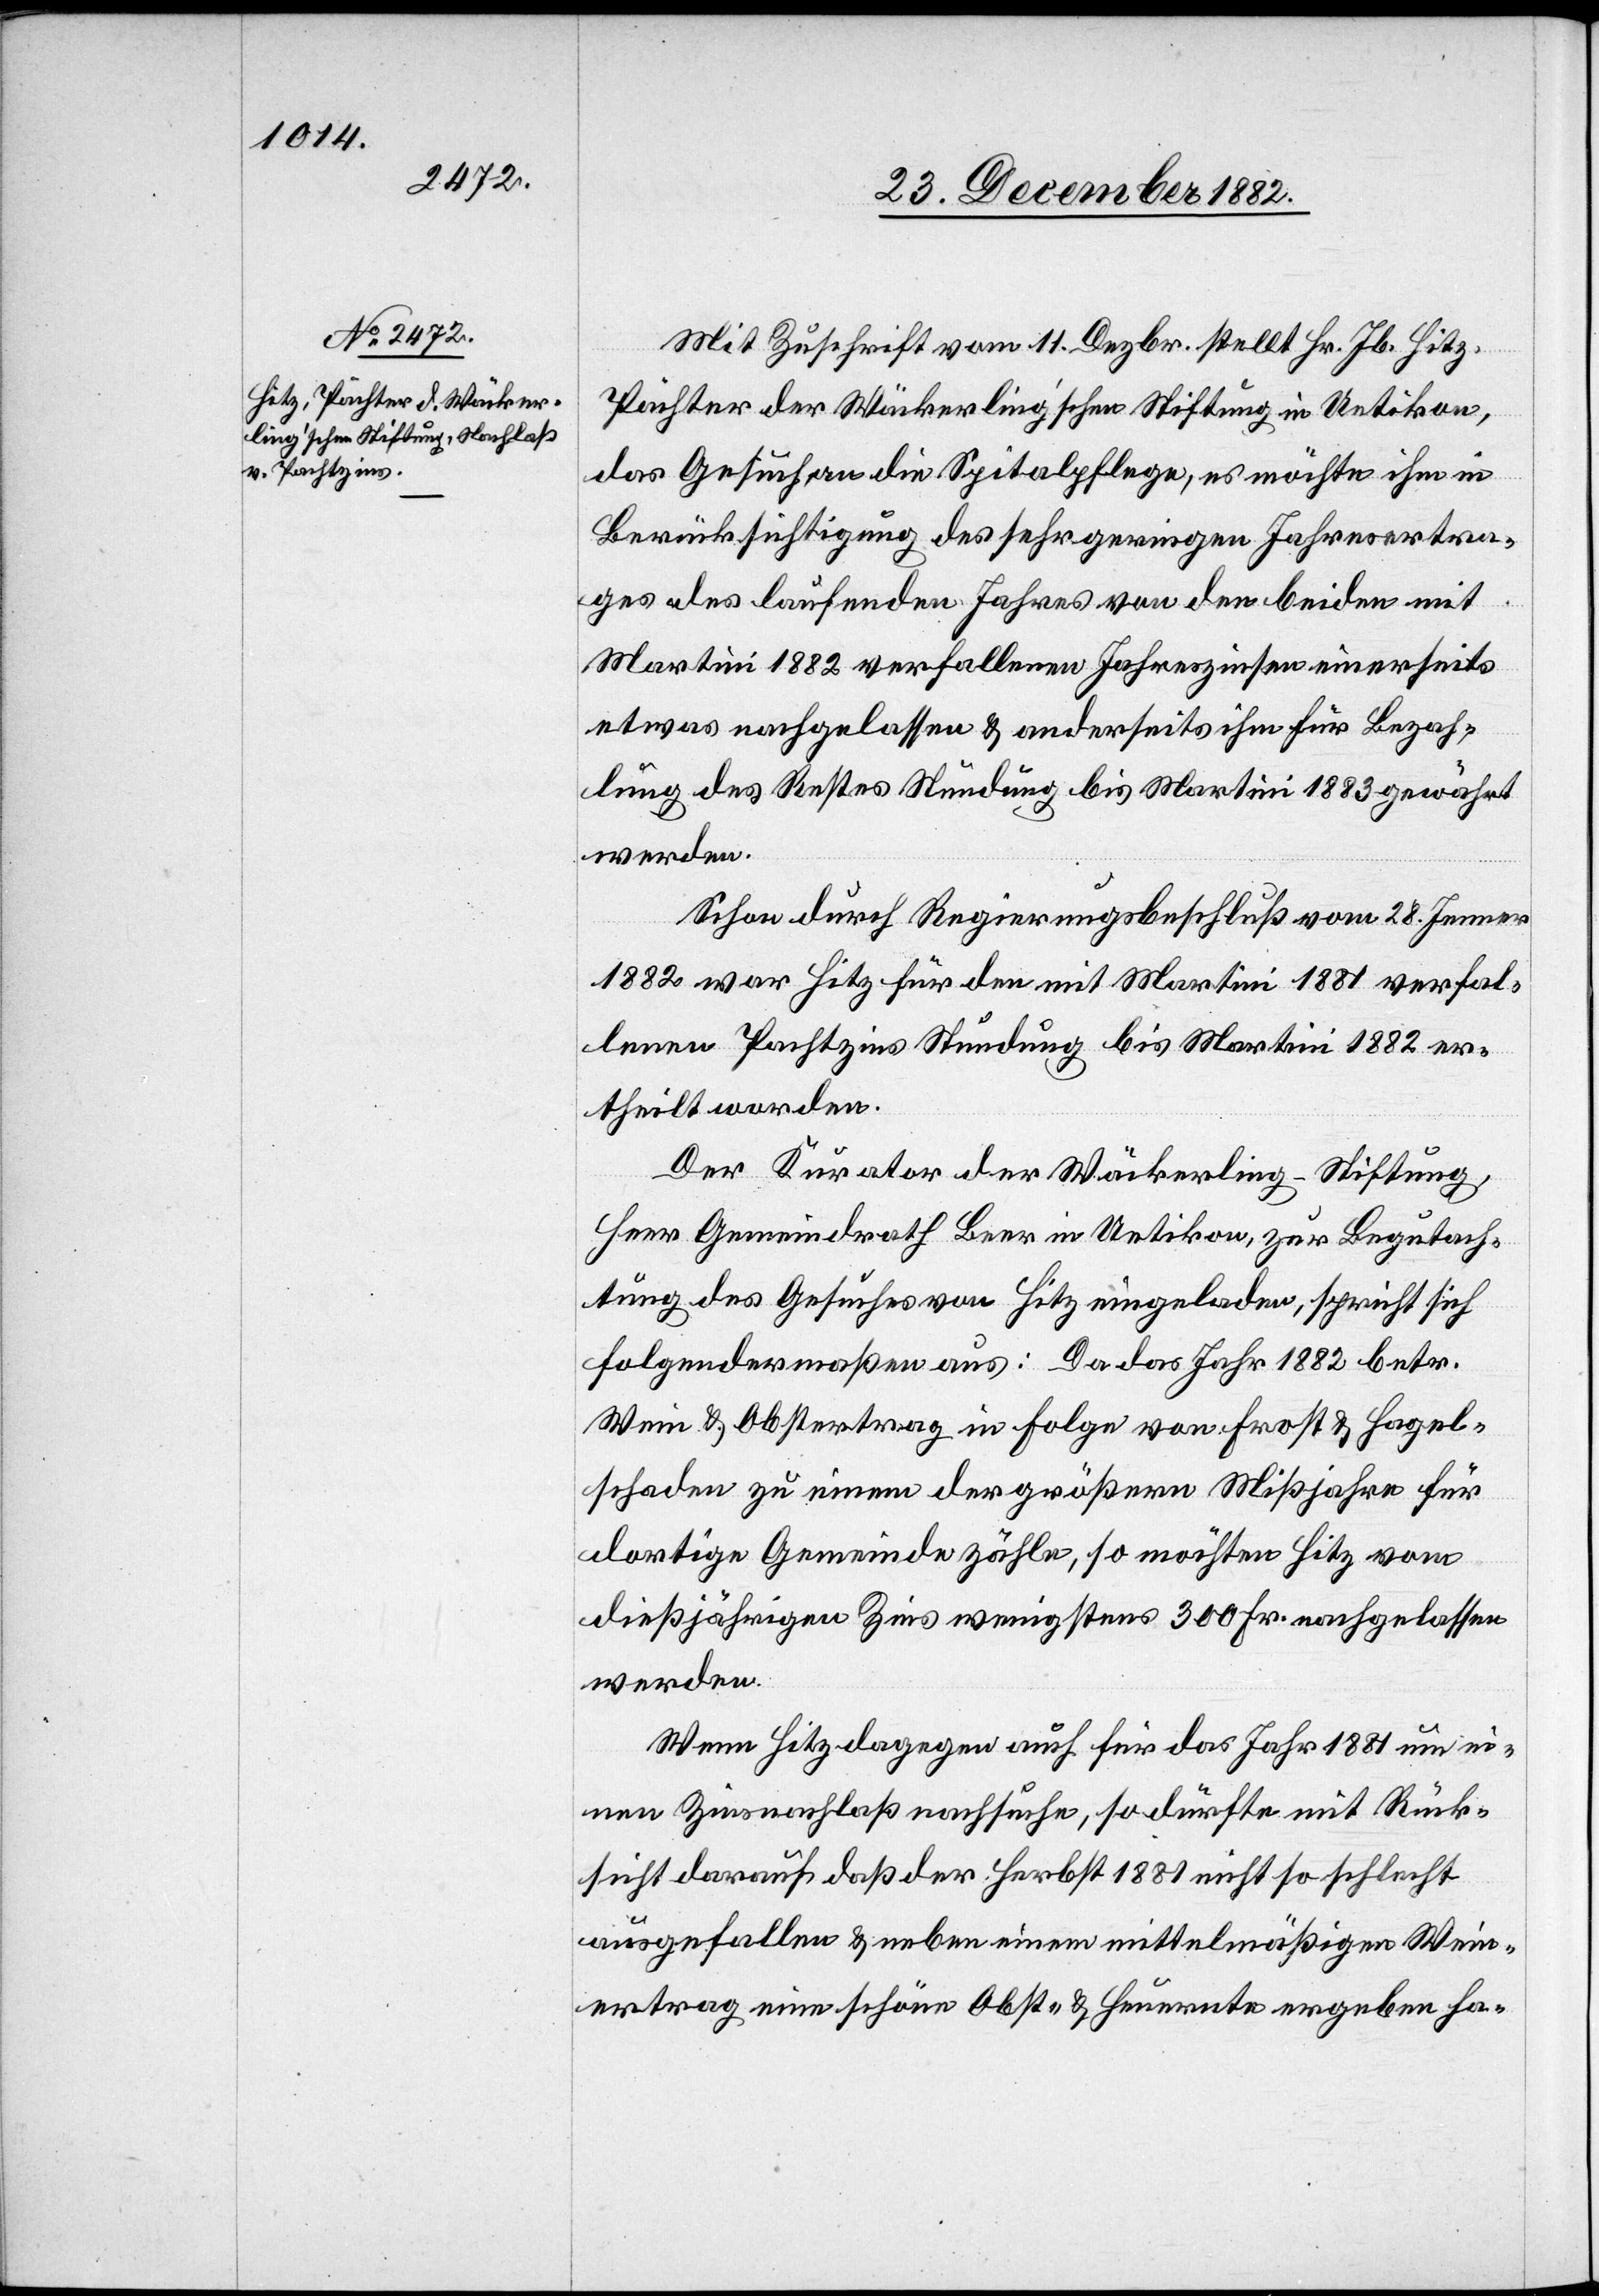
Mit Zuschrift vom 11. Dezbr. stellt Hr. Jb. Hitz,
Pächter der Wäckerling’schen Stiftung in Uetikon,
das Gesuch an die Spitalpflege, es möchte ihm in
Berücksichtigung des sehr geringen Jahresertra¬
ges des laufenden Jahres von den beiden mit
Martini 1882 verfallenen Jahreszinsen einerseits
etwas nachgelassen & anderseits ihm für Bezah¬
lung des Restes Stundung bis Martini 1883 gewährt
werden.
Schon furch Regierungsbeschluß vom 28. Jenner
1882 war Hitz für den mit Martini 1881 verfal¬
lenen Pachtzins Stundung bis Martini 1882 er¬
theilt worden.
Der Kurator der Wäckerling-Stiftung,
Herr Gemeindrath Beer in Uetikon, zur Begutach¬
tung des Gesuches von Hitz eingeladen, spricht sich
folgendermaßen aus: Da das Jahr 1882 betr.
Wein & Obstertrag in Folge von Frost & Hagel¬
schaden zu einem der größern Mißjahre für
dortige Gemeinde zähle, so möchten Hitz vom
dießjährigen Zins wenigstens 300 Fr. nachgelassen
werden.
Wenn Hitz dagegen auch für das Jahr 1881 um ei¬
nen Zinsnachlaß nachsuche, so dürfte mit Rück¬
sicht darauf, daß der Herbst 1881 nicht so schlecht
ausgefallen & neben einem mittelmäßigen Wein¬
ertrag eine schöne Obst- & Heuernte ergeben ha-